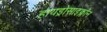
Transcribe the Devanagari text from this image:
हायड्रोसाइक्लॉन